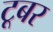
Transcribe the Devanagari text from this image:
टूबर